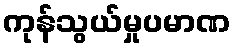
ကုန်သွယ်မှုပမာဏ